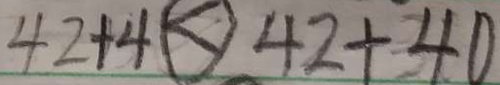
4 2 + 4 < 4 2 + 4 0